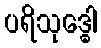
ပရိသုဒ္ဓေါ